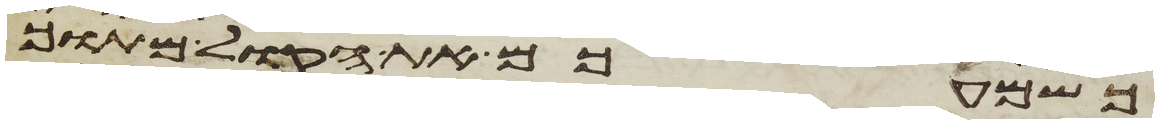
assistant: כשמעכם את הקול מתוך